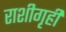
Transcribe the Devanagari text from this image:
राशीगृही